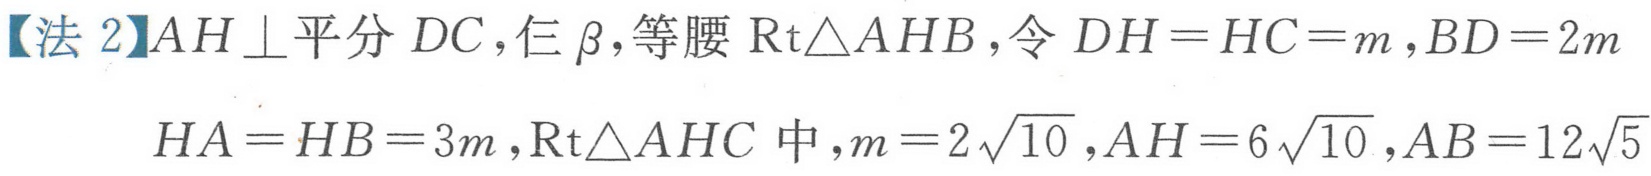
【法2】\(AH\perp\)平分\(DC\)，仨\(\beta\)，等腰\(\text{Rt}\triangle AHB\)，令\(DH = HC = m\)，\(BD = 2m\)
\(HA = HB = 3m\)，\(\text{Rt}\triangle AHC\)中，\(m = 2\sqrt{10}\)，\(AH = 6\sqrt{10}\)，\(AB = 12\sqrt{5}\)